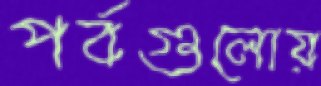
পর্বগুলোয়